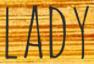
LADY